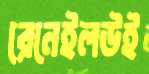
রেনেইলউই